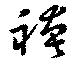
袴